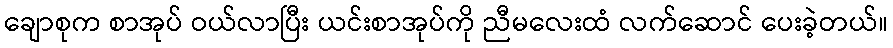
ချောစုက စာအုပ် ဝယ်လာပြီး ယင်းစာအုပ်ကို ညီမလေးထံ လက်ဆောင် ပေးခဲ့တယ်။